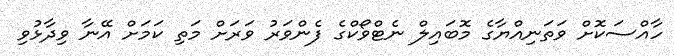
ހާއްސަކޮށް ވަތަނިއްޔާގެ މޮބައިލް ނެޓްވޯކްގެ ފެންވަރު ވަރަށް މަތި ކަމަށް އޭނާ ވިދާޅުވި